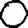
Digit: 0